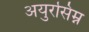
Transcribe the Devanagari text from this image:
अयुरसिम्न